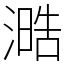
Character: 㵆